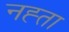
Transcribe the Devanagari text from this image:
नह्ता